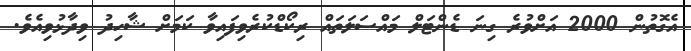
އެގޮތުން 2000 އަށްވުރެ ގިނަ ޑެންޓަލް މައްސަލަތައް ރިކޯޑްކުރެވިފައިވާ ކަމަށް ޝާހިދު ވިދާޅުވިއެވެ.